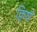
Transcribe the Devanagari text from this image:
क्विर्ष